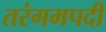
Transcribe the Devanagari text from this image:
तरंगमपदी